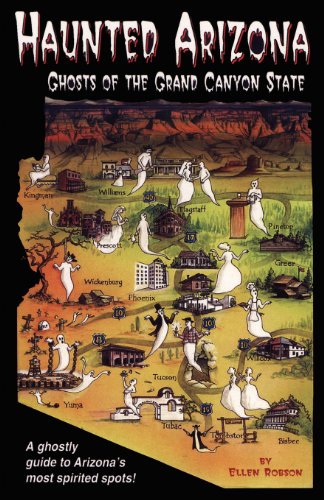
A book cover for Haunted Arizona: Ghosts of the Grand Canyon State; Ellen Robson; Travel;